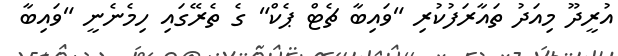
އުރީދޫ މިއަދު ތައާރަފުކުރި "ވައިބާ ޗެޓް ޕެކް" ގެ ތެރޭގައި ހިމެނެނީ "ވައިބާ